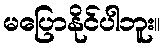
မပြောနိုင်ပါဘူး။